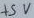
Text: +5V